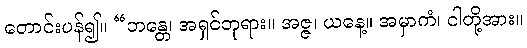
တောင်းပန်၍။ “ဘန္တေ၊ အရှင်ဘုရား။ အဇ္ဇ၊ ယနေ့။ အမှာကံ၊ ငါတို့အား။